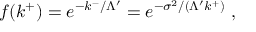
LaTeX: f ( k ^ { + } ) = e ^ { - k ^ { - } / \Lambda ^ { \prime } } = e ^ { - \sigma ^ { 2 } / ( \Lambda ^ { \prime } k ^ { + } ) } ~ ,